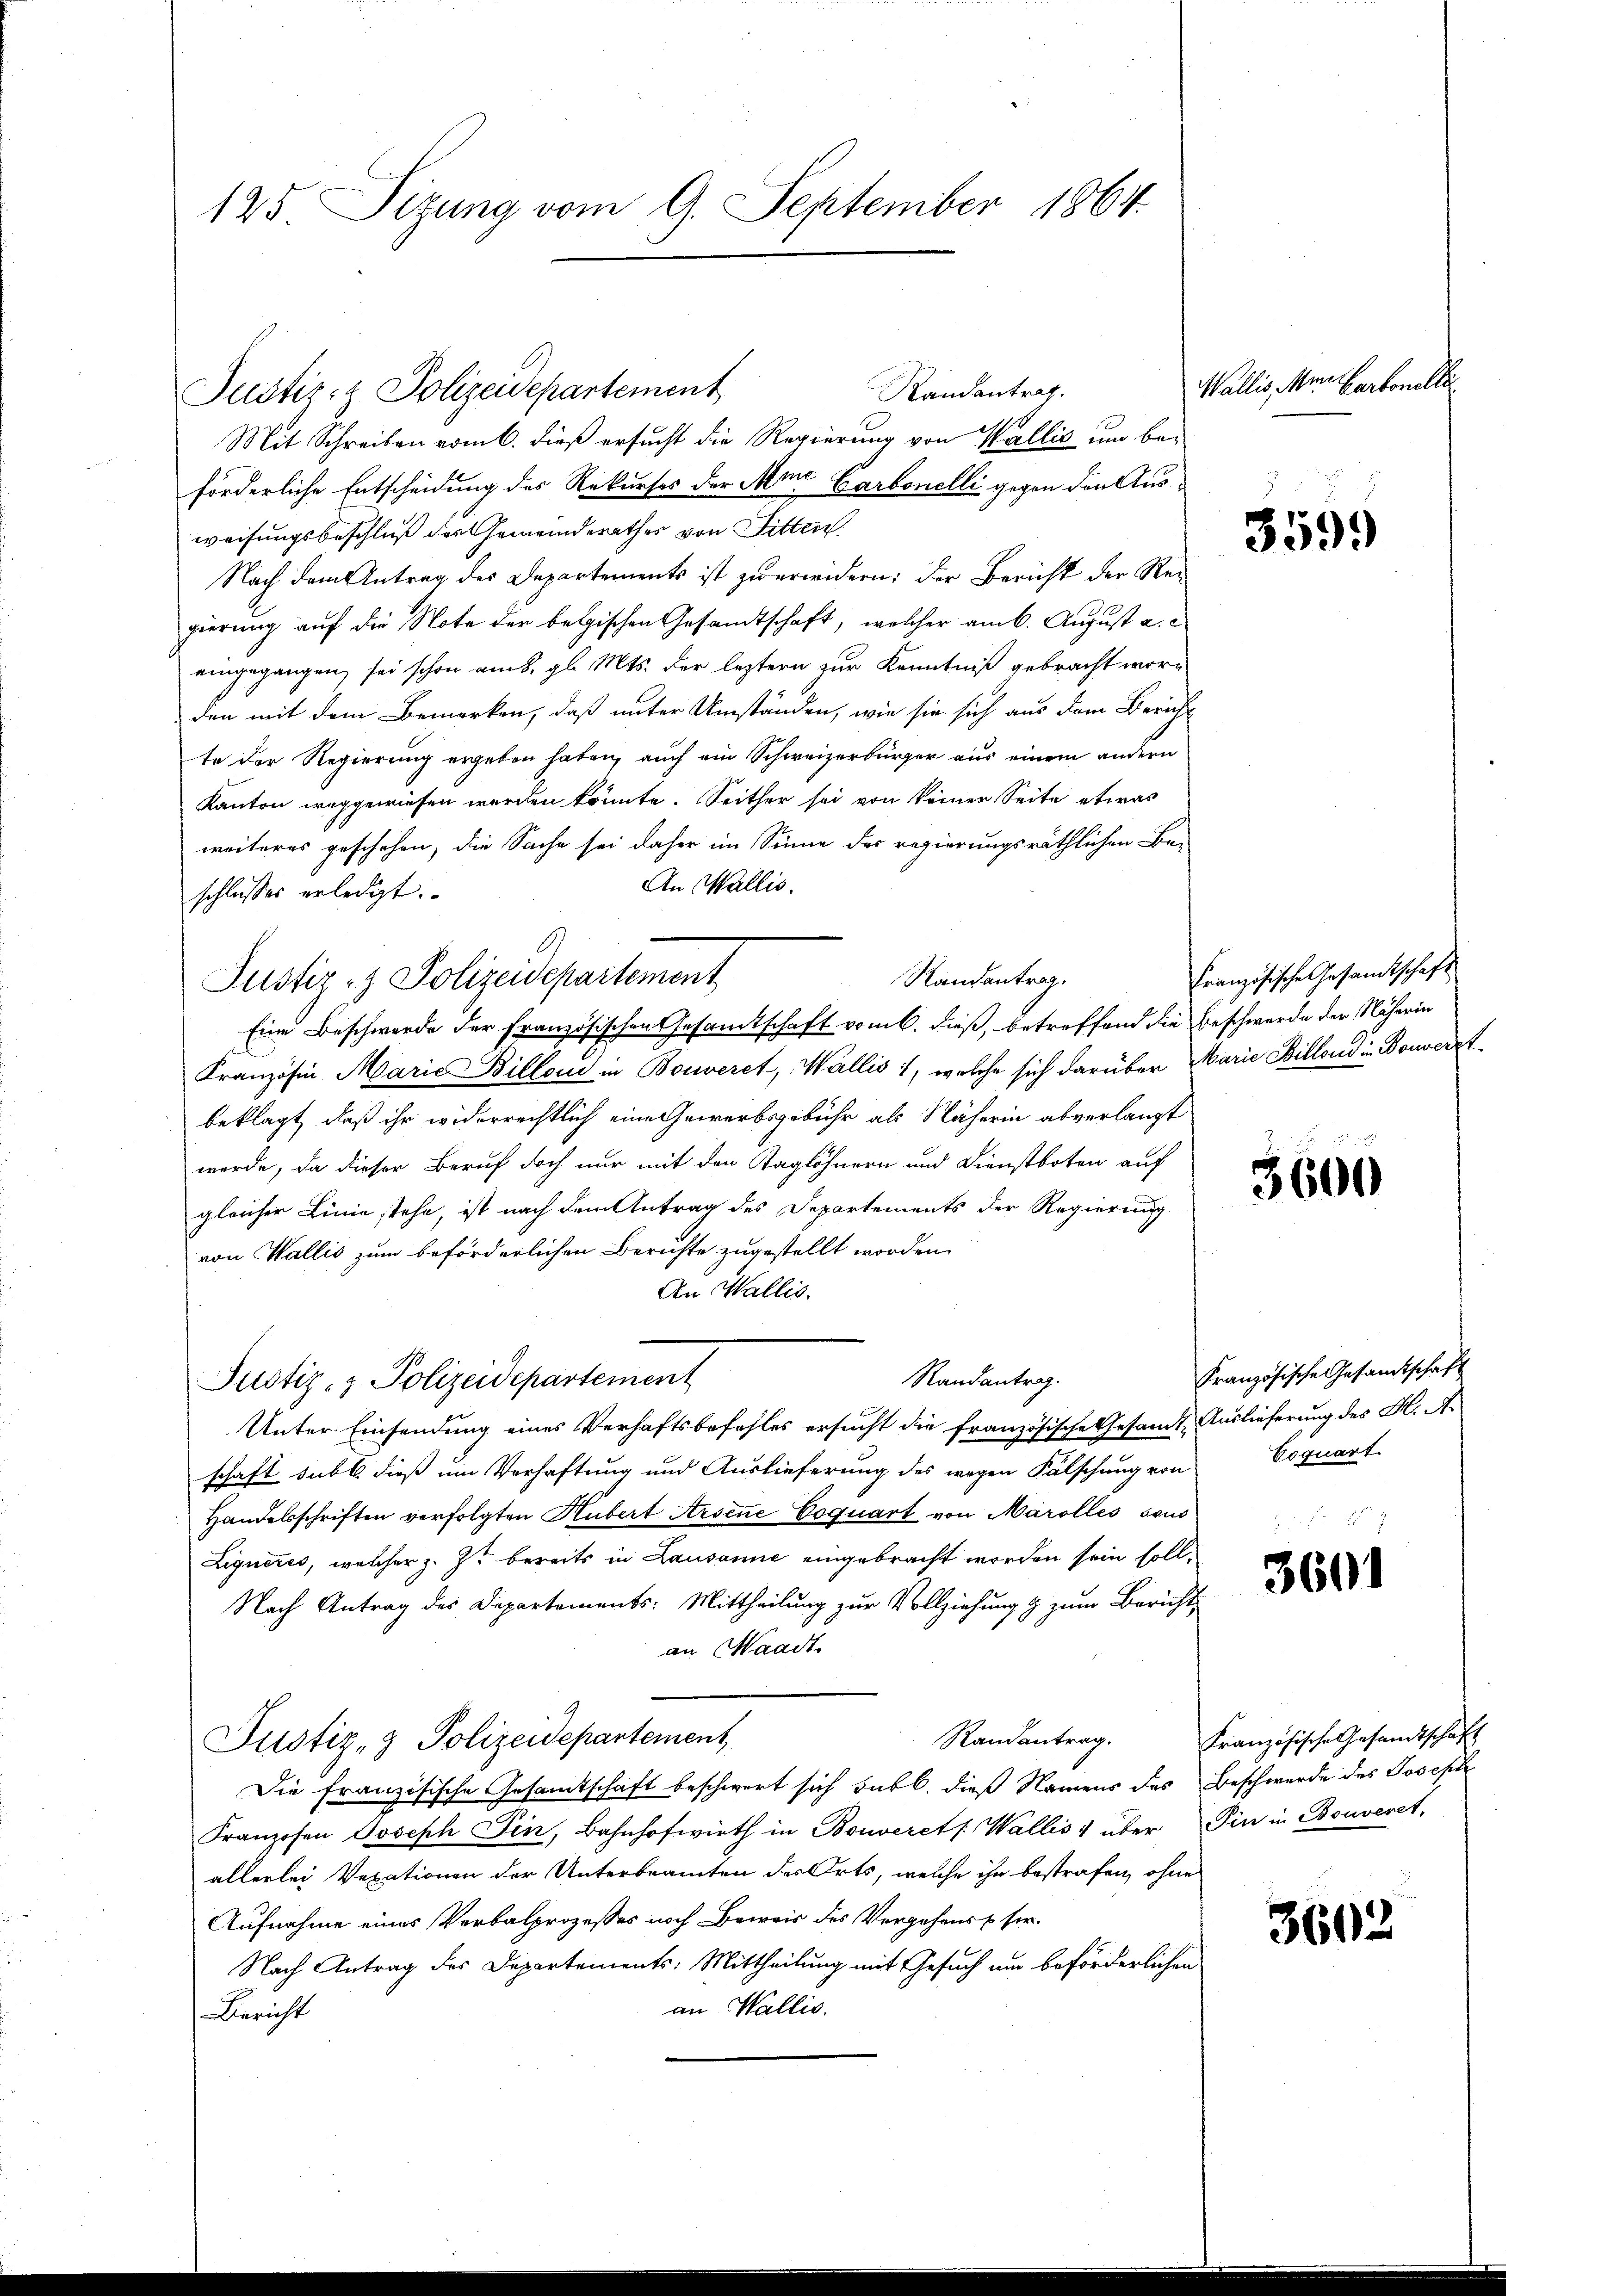
125 Sizung vom 9. September 1864

Randantrag.
Mit Schreiben vom 6. dieß ersucht die Regierung von Wallis um beförderliche Entscheidung des Rekurses der Mine Karbonelli gegen den Ausweisungsbeschluß des Gemeinderathes von Fitten.
Nach dem Antrag des Departements ist zu erwidern: der Bericht der Regierung auf die Note der belgischen Gesamtschaft, welcher am 6. August a.
eingegangen sei schon am 8. gl. Mts. der leztern zur Kenntniß gebracht worden mit dem Bemerken, daß unter Umständen, wie sie sich aus dem Bericht
te der Regierung ergeben haben, auch ein Schweizerbürger aus einem andern
Kanton weggewiesen werden könnte. Seither sei von keiner Seite etwas
weiteres geschehen, die Sache sei daher im Sinne der regierungsräthlichen Bei
An Wallis.
schlosses erledigt.
Randantrag.
Justiz- & Polizeidepartement
Eine Beschwerde der französischen Gesamtschaft vom 6. dieß, betreffend die Beschwerde der Näherin
Kranzösin Marie Billon in Bouveret, Wallis 1, welche sich darüber Marie Hillond in Bonverst
beklagt, daß ihr widerrechtlich eine Gewerbsgebühr als Näherin abverlangt
werde, da dieser Beruf doch nur mit den Taglöhnern und Dienstboten auf
gleicher Linie stehe, ist nach dem Antrag des Departements der Regierung
von Wallis zum beförderlichen Berichte zugestellt worden,
An Wallis.
Randantrag.
Justiz- & Polizeidepartement
Unter Einsendung eines Verhaftsbefehles ersucht die französische Gesandt Auslieferung des K. A.
schaft subt dieß um Verhaftung und Auslieferung des wegen Fälschung von
Handelsschriften verfolgten Hubert Arsene Coquart von Märolles sous
Ligneres, welcher z. Z. bereits in Lausanne eingebracht worden sein soll,
Nach Antrag des Departements: Mittheilung zur Vollziehung & zum Bericht,
an Waadt
Randantrag.
Justiz- & Polizeidepartement,
Die französische Gesamtschaft beschwert sich sub b. dieß Namens des Beschwerde des Joseph
Franzosen Joseph Jin, Bahnhofwirth in Bouveret Wallis 1 über in in Bouveret,
allerlei Verationen der Unterbeamten der Orts, welche ihn bestrafen, ohne
Aufnahme eines Verbalprozesses noch Beweis des Vergehens ser
Nach Antrag des Departements: Mittheilung mit Gesuch um beförderlichen
an Wallis.
Bericht

Justiz- & Polizeidepartement

Wallis, Mann Cartonelle

3599

Französische Gesandtschaft

3600

Französische Gesandtschaft
Coquart.

3601

Französische Gesandtschaft

3602